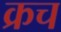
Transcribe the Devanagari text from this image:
क्रच